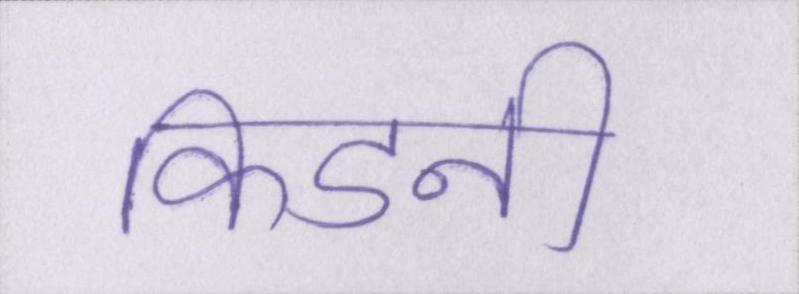
किडनी